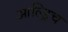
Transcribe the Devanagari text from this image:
आल्ड्रिच